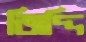
জিদ্দি